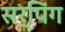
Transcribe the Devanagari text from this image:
सर्पिंग